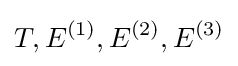
T,E^{(1)},E^{(2)},E^{(3)}